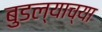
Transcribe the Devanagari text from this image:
बुडल्याच्या